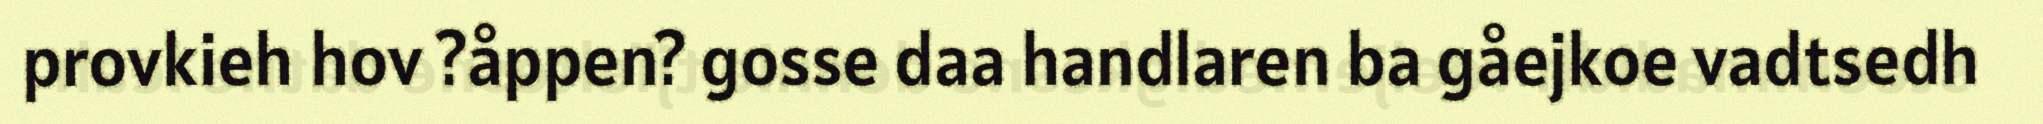
provkieh hov ?åppen? gosse daa handlaren ba gåejkoe vadtsedh